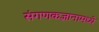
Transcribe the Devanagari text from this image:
संगणकज्ञानामध्ये